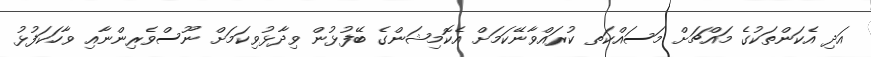
އަދި އެކަންތަކުގެ މައްޗަށް މަސައްކަތ ކުރައްވާނޭކަމަށް އެކޮމިޝަންގެ ބޭފުޅުން ވިދާޅުވިކަމަށް ނޫސްވެރިންނާއި ވާހަކަފުޅު